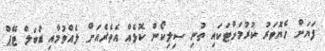
ފަޔަށް ހެޔޮވަރު ކުރުމަށްޓަކައި ތުނި ސިލިކޯން ކޮޅެއް އެތެރެއަށް ލެއްވުމާއި ޑަބަލް ޓޭޕް